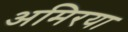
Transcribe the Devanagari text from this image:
अमिरया